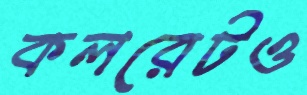
কলরেটও